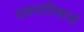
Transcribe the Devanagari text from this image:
दाहशांतिकर्ता